Medical and sanitary report on the native army of Bombay for the year
Year: 1879
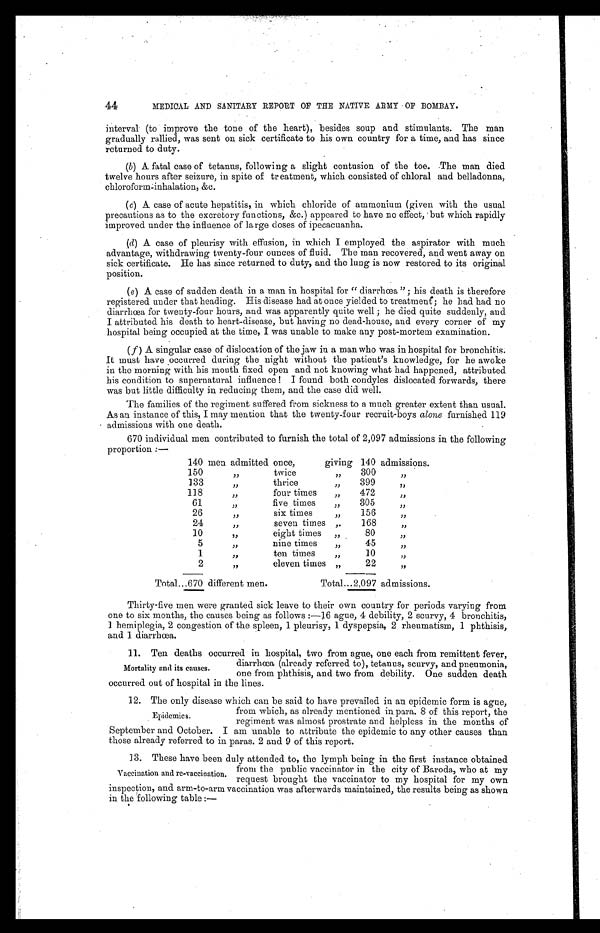
44
MEDICAL AND SANITARY REPORT OF THE NATIVE ARMY OF BOMBAY.
interval (to improve the tone of the heart), besides soup and stimulants. The man
gradually rallied, was sent on sick certificate to his own country for a time, and has since
returned to duty.
(b) A fatal case of tetanus, following a slight contusion of the toe. The man died
twelve hours after seizure, in spite of treatment, which consisted of chloral and belladonna,
chloroform-inhalation, &c.
(c) A case of acute hepatitis, in which chloride of ammonium (given with the usual
precautions as to the excretory functions, &c.) appeared to have no effect, but which rapidly
improved under the influence of large doses of ipecacuanha.
(d) A case of pleurisy with effusion, in which I employed the aspirator with much
advantage, withdrawing twenty-four ounces of fluid. The man recovered, and went away on
sick certificate. He has since returned to duty, and the lung is now restored to its original
position.
(e) A case of sudden death in a man in hospital for "diarrhœa"; his death is therefore
registered under that heading. His disease had at once yielded to treatment; he had had no
diarrhœa for twenty-four hours, and was apparently quite well ; he died quite suddenly, and
I attributed his death to heart-disease, but having no dead-house, and every corner of my
hospital being occupied at the time, I was unable to make any post-mortem examination.
(f) A singular case of dislocation of the jaw in a man who was in hospital for bronchitis.
It must have occurred during the night without the patient's knowledge, for he awoke
in the morning with his mouth fixed open and not knowing what had happened, attributed
his condition to supernatural influence ! I found both condyles dislocated forwards, there
was but little difficulty in reducing them, and the case did well.
The families of the regiment suffered from sickness to a much greater extent than usual.
As an instance of this, I may mention that the twenty-four recruit-boys alone furnished 119
admissions with one death.
670 individual men contributed to furnish the total of 2,097 admissions in the following
proportion:—
140 men admitted once,
giving 140 admissions.
150
" twice "
300
"
133
"
thrice "
399
"
118
" f o u r t i m e s "
472
"
61
"
five times "
305
"
26
" s i x t i m e s
"
156
"
24
"
seven times "
168
"
10
" eight times "
80
"
5
"
nine times "
45
"
1
" t e n t i m e s "
10
"
2
"
eleven times "
22
"
Total . . .
6 7 0 different men.
Total . . .
2 , 0 9 7 admissions.
Thirty-five men were granted sick leave to their own country for periods varying from
one to six months, the causes being as follows :—16 ague, 4 debility, 2 scurvy, 4 bronchitis,
1 hemiplegia, 2 congestion of the spleen, 1 pleurisy, 1 dyspepsia, 2 rheumatism, 1 phthisis,
and 1 diarrhœa.
11. Ten deaths occurred in hospital, two from ague, one each from remittent fever,
diarrhœa (already referred to), tetanus, scurvy, and pneumonia,
one from phthisis, and two from debility. One sudden death
occurred out of hospital in the lines.
12. The only disease which can be said to have prevailed in an epidemic form is ague,
from which, as already mentioned in para. 8 of this report, the
regiment was almost prostrate and helpless in the months of
September and October. I am unable to attribute the epidemic to any other causes than
those already referred to in paras. 2 and 9 of this report.
Mortality and its causes.
Epidemics.
13. These have been duly attended to, the lymph being in the first instance obtained
from the public vaccinator in the city of Baroda, who at my
request brought the vaccinator to my hospital for my own
inspection, and arm-to-arm vaccination was afterwards maintained, the results being as shown
in the following table:—
Vaccination and re-vaccination.